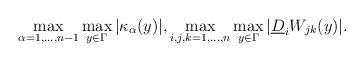
LaTeX: \begin{align*} \max_{\alpha=1,\dots,n-1}\max_{y\in\Gamma}|\kappa_\alpha(y)|, \max_{i,j,k=1,\dots,n}\max_{y\in\Gamma}|\underline{D}_iW_{jk}(y)|.\end{align*}